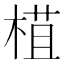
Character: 𣕈